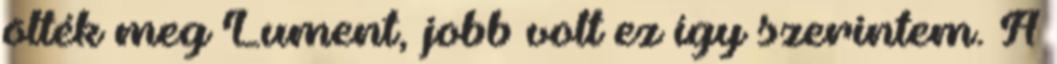
ölték meg Lument, jobb volt ez így szerintem. A